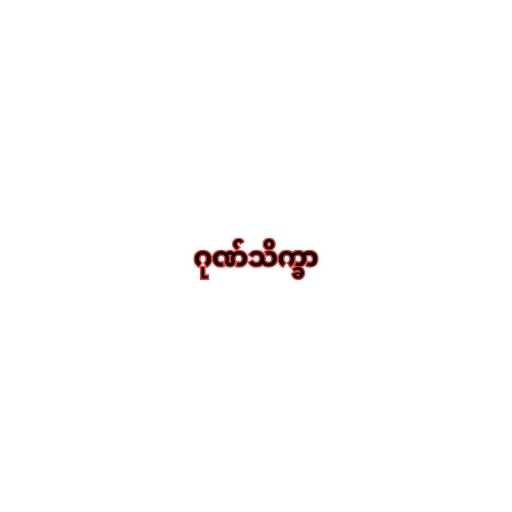
ဂုဏ်သိက္ခာ